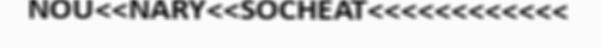
NOU<<NARY<<SOCHEAT<<<<<<<<<<<<